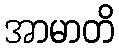
အာမာတိ